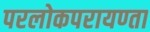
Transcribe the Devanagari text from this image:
परलोकपरायण्ता